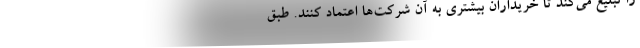
را تبلیغ می‌کند تا خریداران بیشتری به آن شرکت‌ها اعتماد کنند. طبق